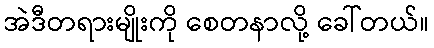
အဲဒီတရားမျိုးကို စေတနာလို့ ခေါ်တယ်။